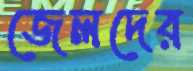
জেলদের